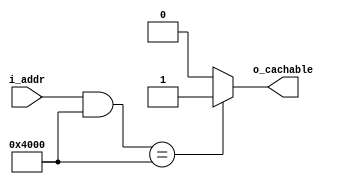
////////////////////////////////////////////////////////////////////////////////
//
//
// Project:	ZipVersa, Versa Brd implementation using ZipCPU infrastructure
//
// DO NOT EDIT THIS FILE!
// Computer Generated: This file is computer generated by AUTOFPGA. DO NOT EDIT.
// DO NOT EDIT THIS FILE!
//
// CmdLine:	autofpga autofpga -d -o . clock.txt global.txt dlyarbiter.txt version.txt buserr.txt pic.txt pwrcount.txt wbfft.txt spio.txt rtclight.txt wbuconsole.txt bkram.txt zipmaster.txt mdio.txt enet.txt enetscope.txt mdioscope.txt flashscope.txt cpuscope.txt mem_flash_bkram.txt mem_bkram_only.txt
//
// Creator:	Dan Gisselquist, Ph.D.
//		Gisselquist Technology, LLC
//
////////////////////////////////////////////////////////////////////////////////
//
// Copyright (C) 2019, Gisselquist Technology, LLC
//
// This program is free software (firmware): you can redistribute it and/or
// modify it under the terms of  the GNU General Public License as published
// by the Free Software Foundation, either version 3 of the License, or (at
// your option) any later version.
//
// This program is distributed in the hope that it will be useful, but WITHOUT
// ANY WARRANTY; without even the implied warranty of MERCHANTIBILITY or
// FITNESS FOR A PARTICULAR PURPOSE.  See the GNU General Public License
// for more details.
//
// You should have received a copy of the GNU General Public License along
// with this program.  (It's in the $(ROOT)/doc directory.  Run make with no
// target there if the PDF file isn't present.)  If not, see
// <http://www.gnu.org/licenses/> for a copy.
//
// License:	GPL, v3, as defined and found on www.gnu.org,
//		http://www.gnu.org/licenses/gpl.html
//
//
////////////////////////////////////////////////////////////////////////////////
//
//
`default_nettype none
//
module iscachable(i_addr, o_cachable);
	localparam		AW = 15;
	input	wire	[AW-1:0]	i_addr;
	output	reg			o_cachable;

	always @(*)
	begin
		o_cachable = 1'b0;
		// Bus master: zip
		// Bus master: wb
		// Bus master: wb_sio
		// bkram
		if ((i_addr[14:0] & 15'h4000) == 15'h4000)
			o_cachable = 1'b1;
	end

endmodule